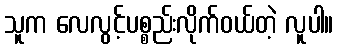
သူက လေလွင့်ပစ္စည်းလိုက်ဝယ်တဲ့ လူပါ။